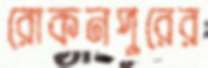
রোকনপুরের